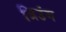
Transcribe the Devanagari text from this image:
त्रिउंग